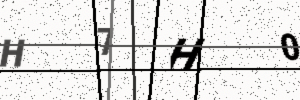
Text: H7H0